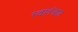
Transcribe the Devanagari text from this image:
स्वातंत्र्या